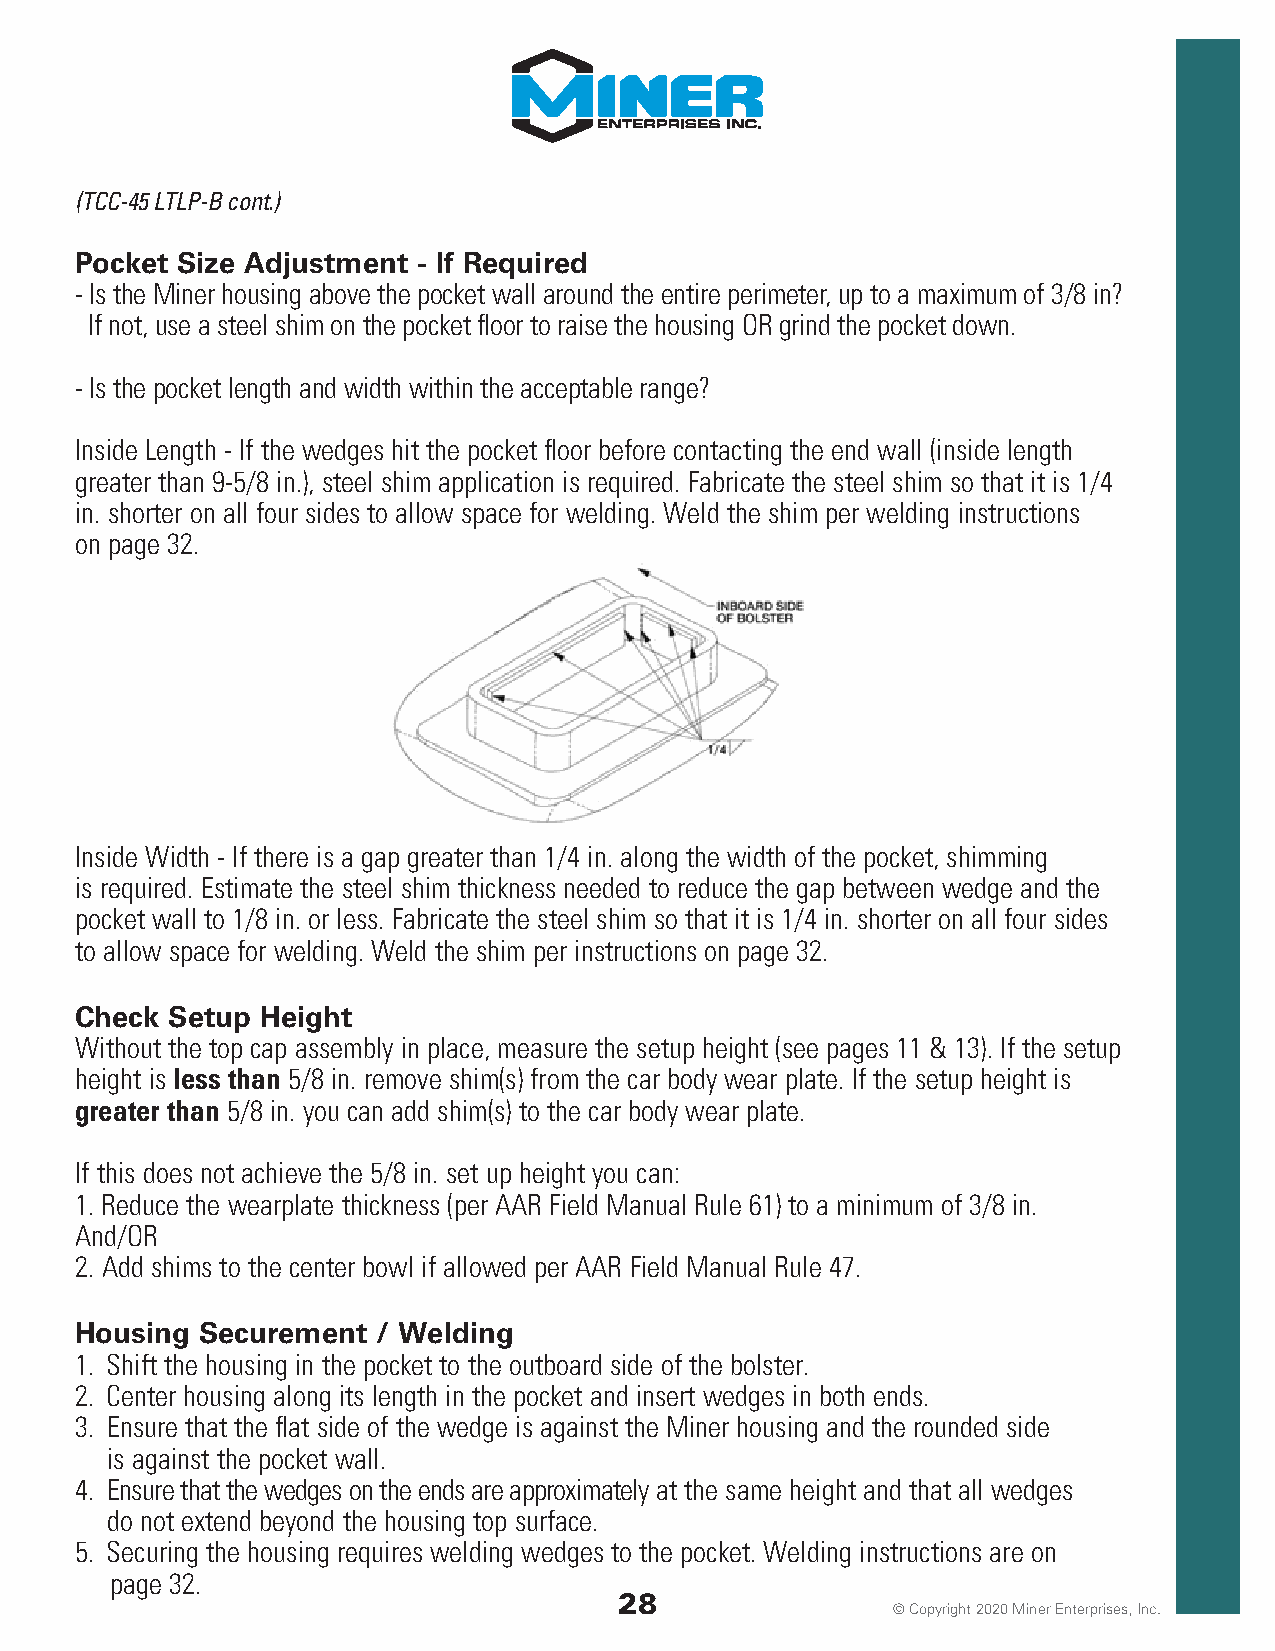
(TCC-45 LTLP-B cont.)
 Pocket Size Adjustment - If Required
 - Is the Miner housing above the pocket wall around the entire perimeter, up to a maximum of 3/8 in?
 If not, use a steel shim on the pocket floor to raise the housing OR grind the pocket down.
 - Is the pocket length and width within the acceptable range?
 Inside Length - If the wedges hit the pocket floor before contacting the end wall (inside length
 greater than 9-5/8 in.), steel shim application is required. Fabricate the steel shim so that it is 1/4
 in. shorter on all four sides to allow space for welding. Weld the shim per welding instructions
 on page 32.
 Inside Width - If there is a gap greater than 1/4 in. along the width of the pocket, shimming
 is required. Estimate the steel shim thickness needed to reduce the gap between wedge and the
 pocket wall to 1/8 in. or less. Fabricate the steel shim so that it is 1/4 in. shorter on all four sides
 to allow space for welding. Weld the shim per instructions on page 32.
 Check Setup Height
 Without the top cap assembly in place, measure the setup height (see pages 11 & 13). If the setup
 height is less than 5/8 in. remove shim(s) from the car body wear plate. If the setup height is
 greater than 5/8 in. you can add shim(s) to the car body wear plate.
 If this does not achieve the 5/8 in. set up height you can:
 1. Reduce the wearplate thickness (per AAR Field Manual Rule 61) to a minimum of 3/8 in.
 And/OR
 2. Add shims to the center bowl if allowed per AAR Field Manual Rule 47.
 Housing Securement  / Welding
 1. Shift the housing in the pocket to the outboard side of the bolster.
 2. Center housing along its length in the pocket and insert wedges in both ends.
 3. Ensure that the flat side of the wedge is against the Miner housing and the rounded side
 is against the pocket wall.
 4. Ensure that the wedges on the ends are approximately at the same height and that all wedges
 do not extend beyond the housing top surface.
 5. Securing the housing requires welding wedges to the pocket. Welding instructions are on
 page 32.
 28
 © Copyright 2020 Miner Enterprises, Inc.